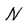
Character: N